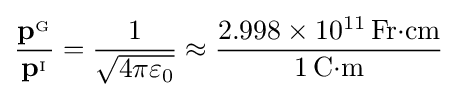
{\frac {\mathbf {p} ^{_{\mathrm {G} }}}{\mathbf {p} ^{_{\mathrm {I} }}}}={\frac {1}{\sqrt {4\pi \varepsilon _{0}}}}\approx {\frac {2.998\times 10^{11}\,\mathrm {Fr} {\cdot }\mathrm {cm} }{1\,\mathrm {C} {\cdot }\mathrm {m} }}